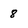
Character: 8